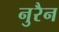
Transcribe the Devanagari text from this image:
नुरैन